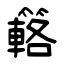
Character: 簵